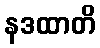
နဒထာတိ